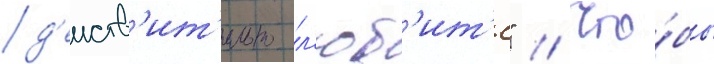
д'еиств'ит'ельно л'юб'ит'е" // Что́бы